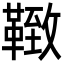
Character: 𩋩